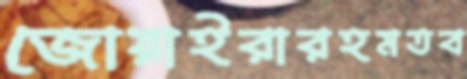
জোয়াইরারহমতব